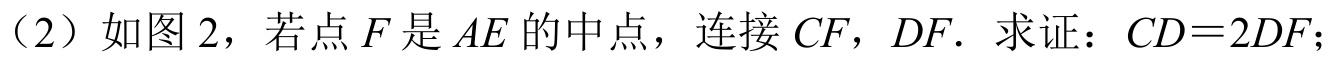
（2）如图 2，若点$F$是$AE$的中点，连接$CF$，$DF$．求证：$CD = 2DF$；